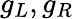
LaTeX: g_{L},g_{R}